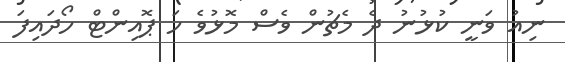
ނިއު ވަނީ ކުޅުނު ދެ މެޗުން ވެސް މޮޅުވެ ހަ ޕޮއިންޓް ހޯދައިފަ